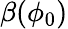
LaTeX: \beta(\phi_{0})